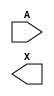
module sky130_fd_sc_hs__dlymetal6s6s (
    //# {{data|Data Signals}}
    input  A,
    output X
);

    // Voltage supply signals
    supply1 VPWR;
    supply0 VGND;

endmodule